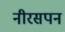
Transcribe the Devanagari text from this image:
नीरसपन